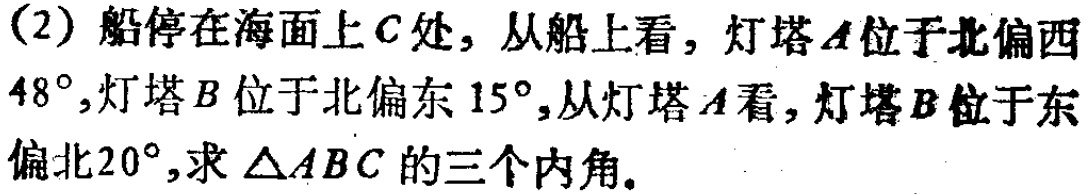
(2) 船停在海面上\(C\)处，从船上看，灯塔\(A\)位于北偏西\(48^{\circ}\)，灯塔\(B\)位于北偏东\(15^{\circ}\)，从灯塔\(A\)看，灯塔\(B\)位于东偏北\(20^{\circ}\)，求\(\triangle ABC\)的三个内角。